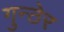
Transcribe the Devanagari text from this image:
गुन्ठेर